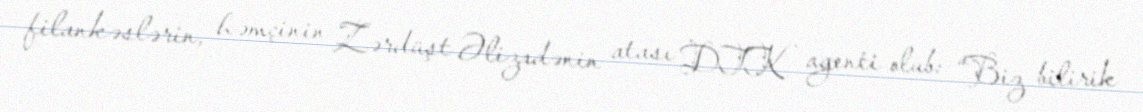
filankəslərin, həmçinin Zərdüşt Əlizadənin atası DTK agenti olub: “Biz bilirik